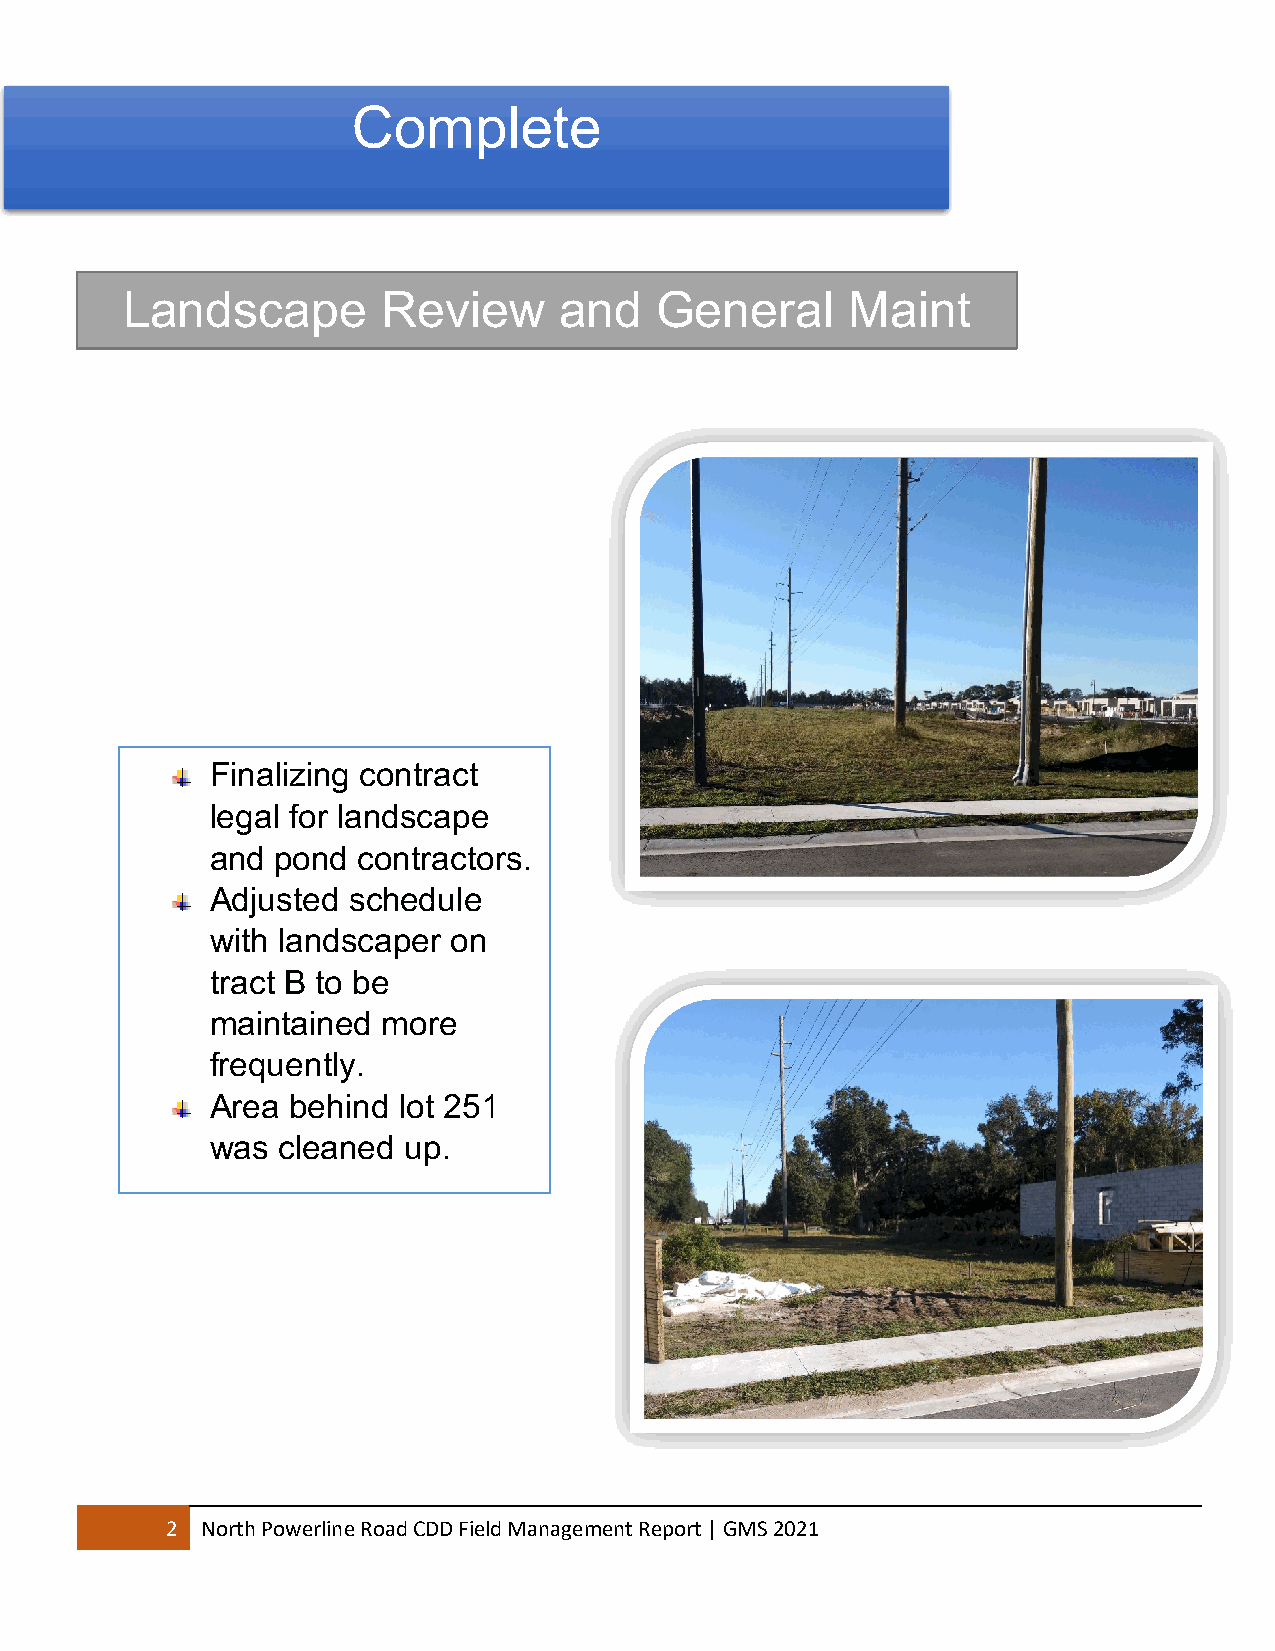
Complete
 LandscapLea      Rnedvsiceawp ea nRde Gvieewne ral Maint
 Finalizing contract
 legal for landscape
 and pond  contractors.
 Adjusted schedule
 with landscaper on
 tract B to be
 maintained more
 frequently.
 Area behind lot 251
 was cleaned  up.
 2 North Powerline Road CDD Field Management Report | GMS 2021